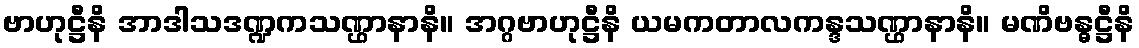
ဗာဟုဋ္ဌီနိ အာဒါသဒဏ္ဍကသဏ္ဌာနာနိ။ အဂ္ဂဗာဟုဋ္ဌီနိ ယမကတာလကန္ဒသဏ္ဌာနာနိ။ မဏိဗန္ဓဋ္ဌီနိ